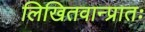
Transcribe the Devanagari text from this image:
लिखितवान्प्रातः